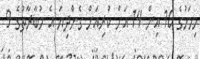
މިމަހުގެ 10 އިން 14 އަށް ކުރިއަށް ގެންދިޔަ އެ މުބާރާތުގެ 9